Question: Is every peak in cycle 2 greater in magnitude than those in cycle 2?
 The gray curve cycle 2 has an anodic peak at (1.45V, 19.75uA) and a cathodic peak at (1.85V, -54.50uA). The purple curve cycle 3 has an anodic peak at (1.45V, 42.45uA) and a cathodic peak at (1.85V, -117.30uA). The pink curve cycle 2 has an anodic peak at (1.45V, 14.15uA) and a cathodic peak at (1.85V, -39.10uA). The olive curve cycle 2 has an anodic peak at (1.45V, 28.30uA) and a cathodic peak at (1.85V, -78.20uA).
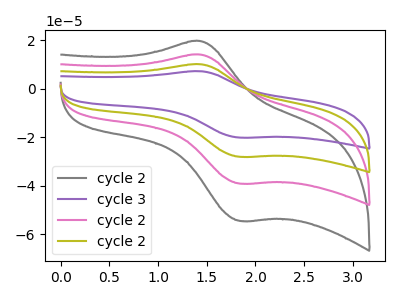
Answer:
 <answer>Every peak in "cycle 2" is higher than every peak in "cycle 2".</answer>
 <eval>higher</eval>